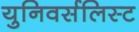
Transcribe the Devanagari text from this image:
युनिवर्सलिस्ट